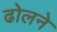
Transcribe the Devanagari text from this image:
ढोलने